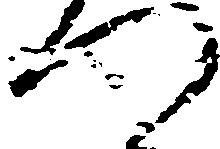
つ